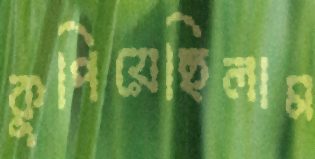
কুপিয়েছিলাম